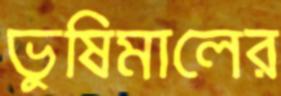
ভুষিমালের